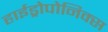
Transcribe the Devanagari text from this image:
हाईड्रोपोनिक्स